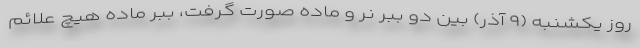
روز یکشنبه (۹ آذر) بین دو ببر نر و ماده صورت گرفت، ببر ماده هیچ علائم